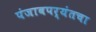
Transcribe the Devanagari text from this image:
पंजाबपर्यंतचा